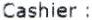
CASHIER :